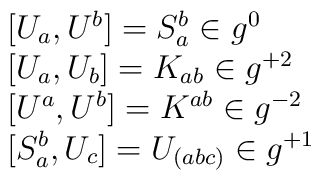
\begin{array}{l} {[}U_{a} , U^{b}{]} = S_{a}^{b} \in g^{0}  \\ {[}U_{a} , U_{b}{]} = K_{ab} \in g^{+2}               \\ {[}U^{a} , U^{b}{]} = K^{ab} \in g^{-2}             \\ {[}S_{a}^{b} , U_{c}{]} = U_{(abc)} \in g^{+1} \end{array}